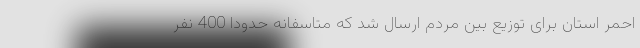
احمر استان برای توزیع بین مردم ارسال شد که متاسفانه حدودا 400 نفر